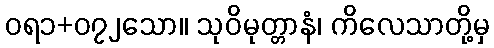
ဝရ၁+၀၇၂သော။ သုဝိမုတ္တာနံ၊ ကိလေသာတို့မှ